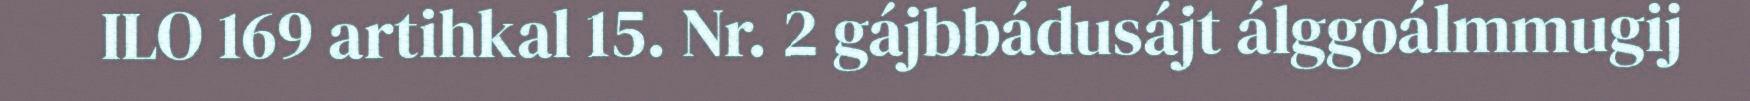
ILO 169 artihkal 15. Nr. 2 gájbbádusájt álggoálmmugij